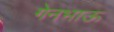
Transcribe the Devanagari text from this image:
गेनभाऊ